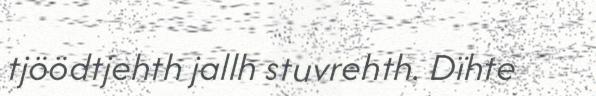
tjöödtjehth jallh stuvrehth. Dïhte